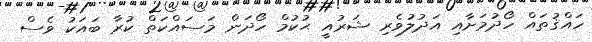
ހައްޤުތައް ހޯދުމަށާއި އަދުލުވެރި ޝަރުއީ ޙުކުމް ހޯދަން މަސައްކަތް ކުރާ ބައަކު ވެސް